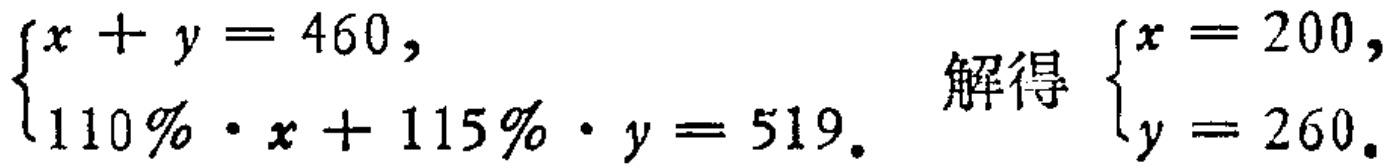
$\begin{cases}
x + y = 460, \\
110\% \cdot x + 115\% \cdot y = 519.
\end{cases}$ 解得 $\begin{cases}
x = 200, \\
y = 260.
\end{cases}$